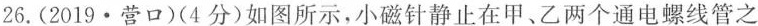
26.(2019·营口)(4分)如图所示，小磁针静止在甲、乙两个通电螺线管之